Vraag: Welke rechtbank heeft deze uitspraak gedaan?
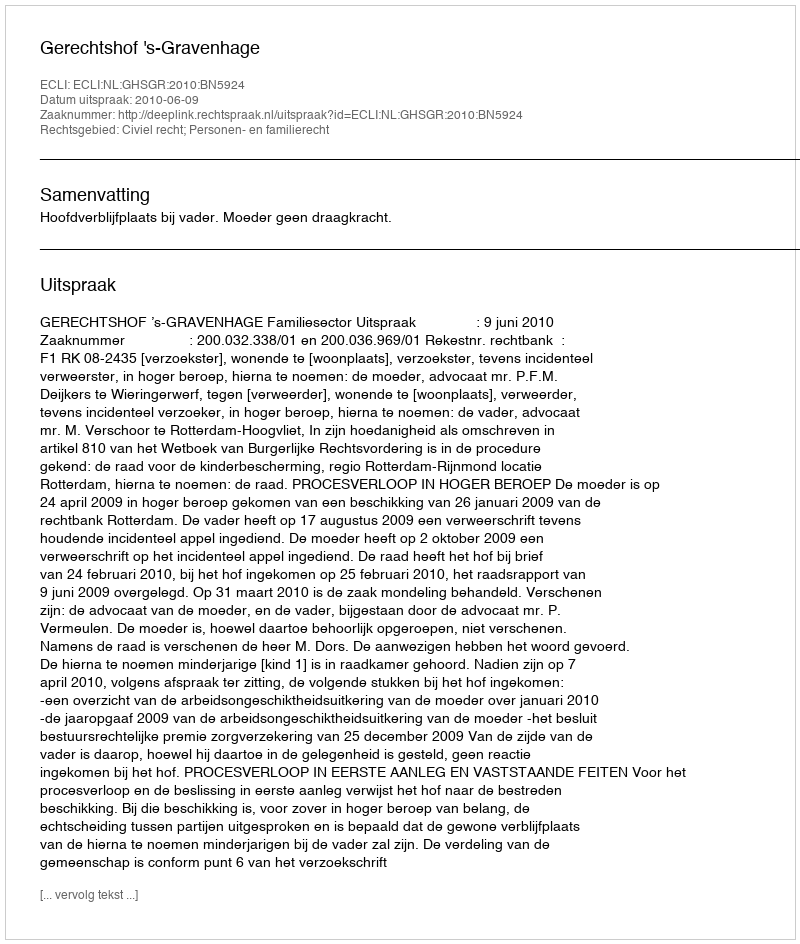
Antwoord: Gerechtshof 's-Gravenhage